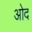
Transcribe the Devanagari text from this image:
ओद